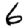
Digit: 6